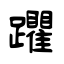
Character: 躣